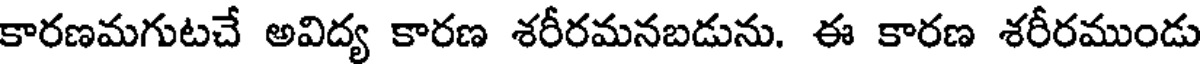
కారణమగుటచే అవిద్య కారణ శరీరమనబడును. ఈ కారణ శరీరముండు